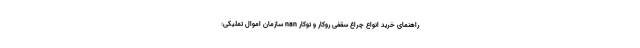
راهنمای خرید انواع چراغ سقفی روکار و توکار nan سازمان اموال تملیکی: